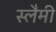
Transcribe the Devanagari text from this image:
स्लैमी